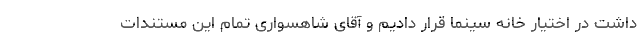
داشت در اختیار خانه سینما قرار دادیم و آقای شاهسواری تمام این مستندات